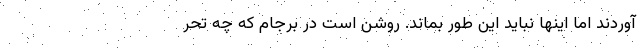
آوردند اما اینها نباید این طور بماند. روشن است در برجام که چه تحر